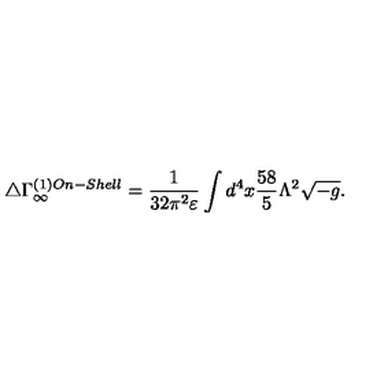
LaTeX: \triangle \Gamma _ { \infty } ^ { ( 1 ) O n - S h e l l } = \frac { 1 } { 3 2 \pi ^ { 2 } \varepsilon } \int d ^ { 4 } x \frac { 5 8 } { 5 } \Lambda ^ { 2 } \sqrt { - g } .